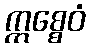
ဣစ္စေဝံ